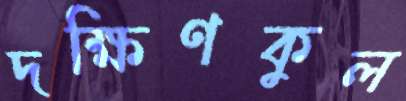
দক্ষিণকুল